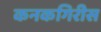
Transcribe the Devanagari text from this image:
कनकगिरीस